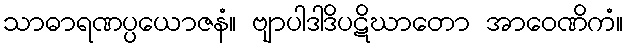
သာဓာရဏပ္ပယောဇနံ။ ဗျာပါဒါဒိပဋိဃာတော အာဝေဏိကံ။